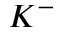
K ^ { - }